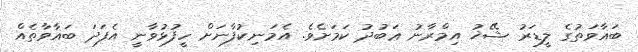
ބަޣާވަތުގެ ލީޑަރު ޝޭޚު އިމްރާނު ޢަބުދު ކަމަށެވެ. އެމަނިކުފާނަށް ހީފުޅުވާނީ އެފަދަ ބަޣާވާތެއް